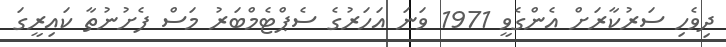
ދިވެހި ސަރުކާރަށް އެންގެވީ 1971 ވަނަ އަހަރުގެ ސެޕްޓެމްބަރު މަސް ފެށުނުތާ ކައިރީގަ